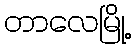
တာလေမြို့